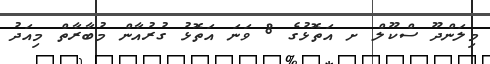
މިލަންދޫ ސްކޫލް ށ އަތޮޅުގެ 8 ވަނަ އަތޮޅު ގުރުއާން މުބާރާތް މިއަދު